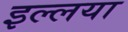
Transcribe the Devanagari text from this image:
इल्लया